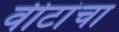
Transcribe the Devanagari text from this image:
वीटांचा